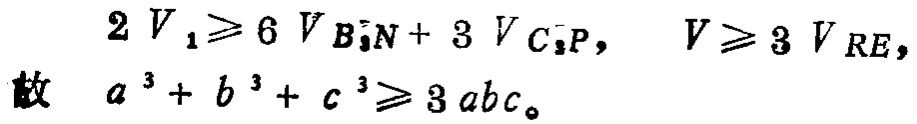
\[
\begin{align*}
2V_{1}&\geqslant 6V_{B_{i}N}+ 3V_{C_{i}P},\\
V&\geqslant 3V_{RE},\\
\text{故}\quad a^{3}+b^{3}+c^{3}&\geqslant 3abc_{\circ}
\end{align*}
\]